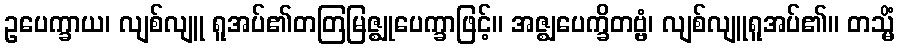
ဥပေက္ခာယ၊ လျစ်လျူ ရူအပ်၏တတြမြဇ္ဈုပေက္ခာဖြင့်။ အဇ္ဈပေက္ခိတဗ္ဗံ၊ လျစ်လျူရူအပ်၏။ တသ္မိံ